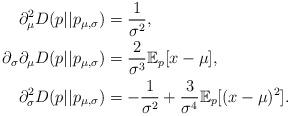
LaTeX: \begin{align*}\partial^2_\mu D(p||p_{\mu,\sigma}) &= \frac{1}{\sigma^2},\\\partial_\sigma \partial_\mu D(p||p_{\mu,\sigma}) &= \frac{2}{\sigma^3} \mathbb{E}_p[x-\mu],\\\partial^2_\sigma D(p||p_{\mu,\sigma}) &= - \frac{1}{\sigma^2} + \frac{3}{\sigma^4}\mathbb{E}_p[(x-\mu)^2].\end{align*}